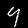
Digit: 9